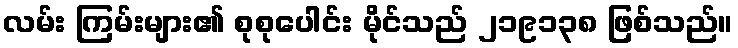
လမ်း ကြမ်းများ၏ စုစုပေါင်း မိုင်သည် ၂၁၉၁၃၈ ဖြစ်သည်။